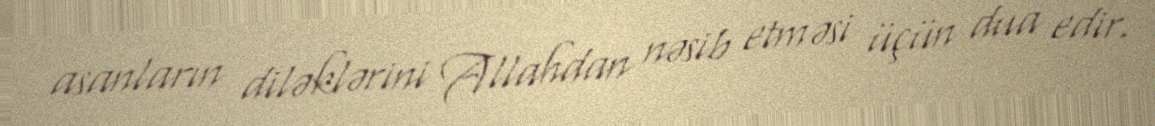
asanların diləklərini Allahdan nəsib etməsi üçün dua edir.